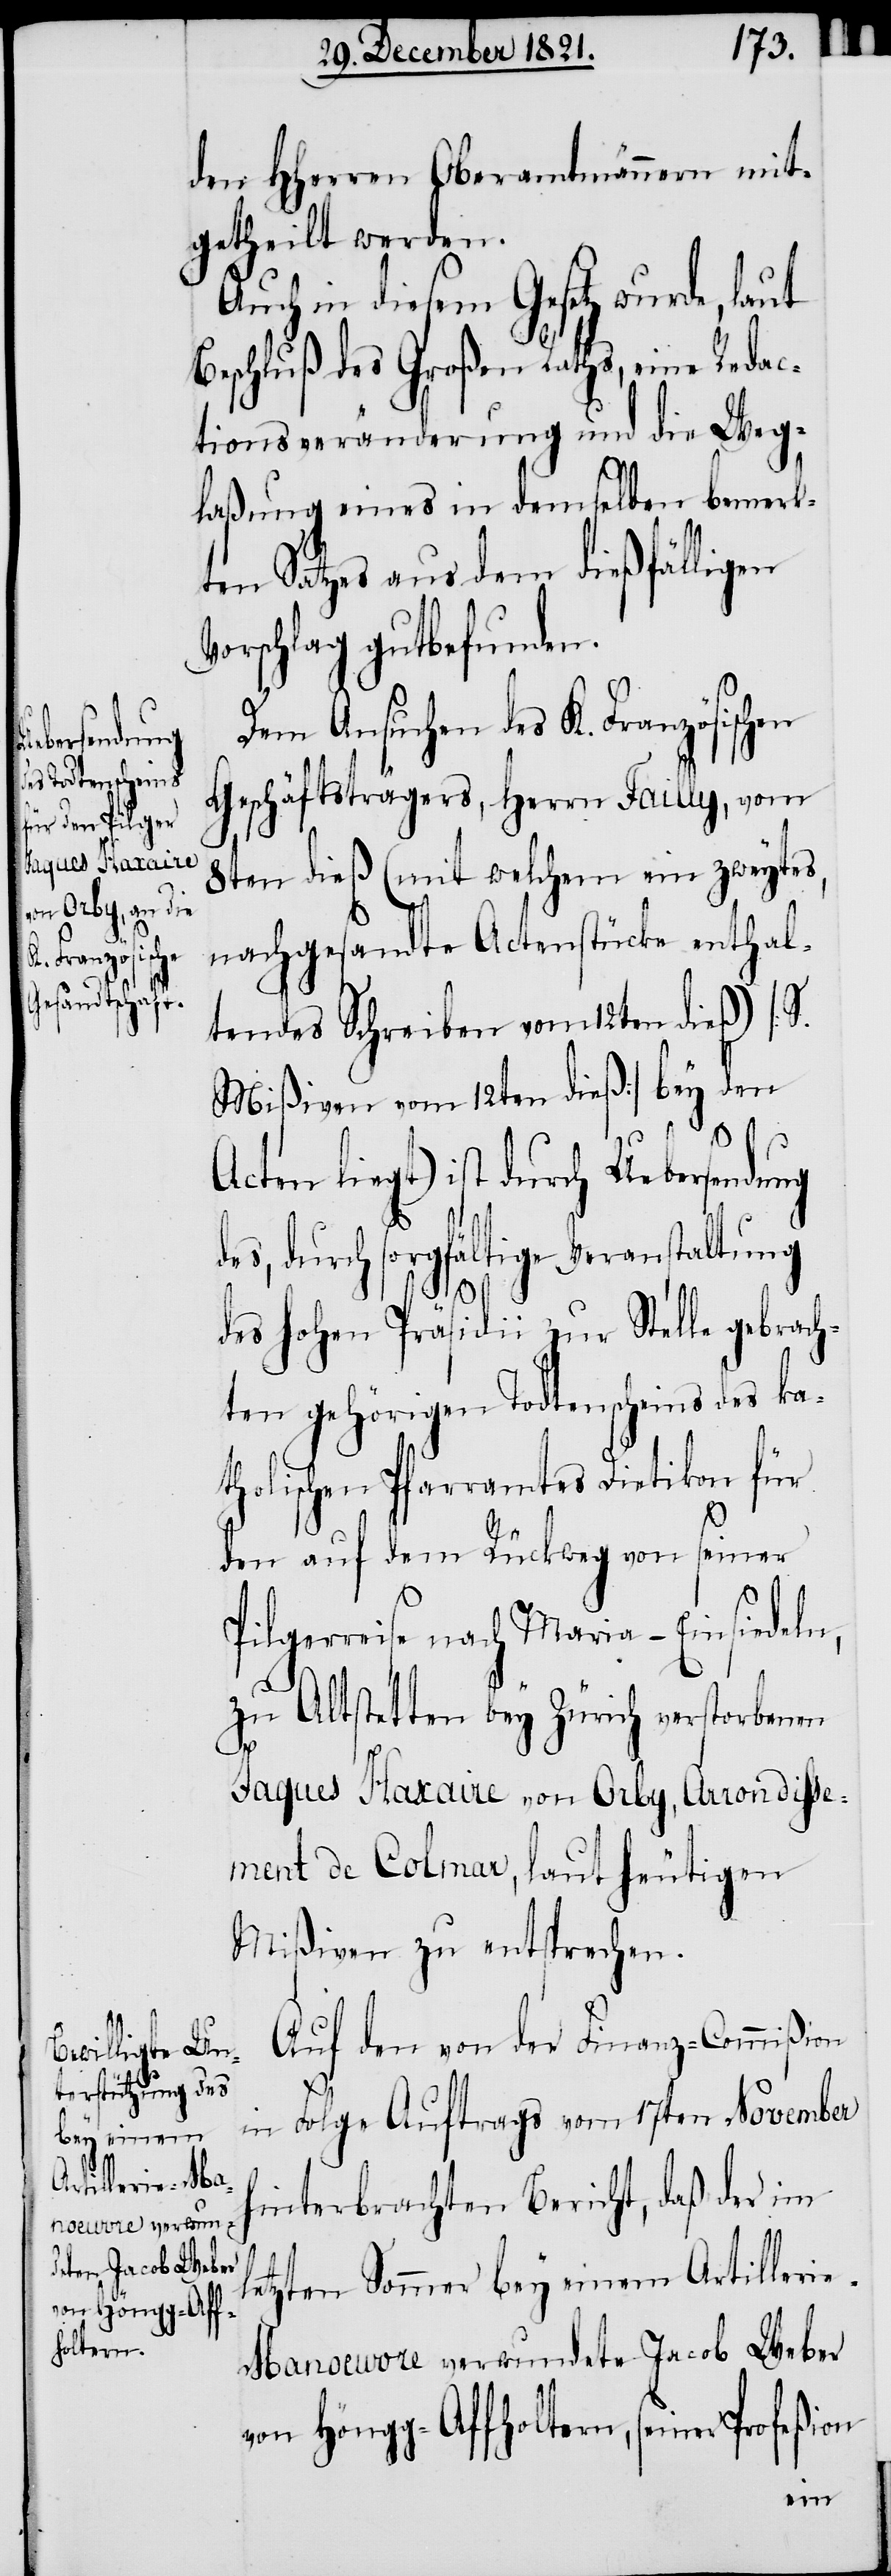
Uebersendung

den HHerren Oberamtmännern mit¬
getheilt werden.
Auch in diesem Gesetz wurde, laut
Beschluß des Großen Raths, eine Redac¬
tionsveränderung und die Weg¬
laßung eines in demselben bemerk¬
ten Satzes aus dem dießfälligen
Vorschlag gutbefunden.
Dem Ansuchen des K. Französischen
Geschäftsträgers, Herrn Failly, vom
8ten dieß (mit welchem ein zweytes,
nachgesandte Actenstücke enthal¬
tendes Schreiben vom 12ten dieß) [S.
Mißiven vom 12ten dieß] bey den
Acten liegt) [sic!] ist durch
des, durch sorgfältige Veranstaltung
des hohen Präsidii zur Stelle gebrach¬
ten gehörigen Todtenscheins des ka¬
tholischen Pfarramtes Dietikon für
den auf dem Rückweg von seiner
Pilgerreise nach Maria – Einsiedeln,
zu Altstetten bey Zürich verstorbenen
Jaques Haxaire von Orby, Arrondisse¬
ment de Colmar, laut heutigen
Mißiven zu entsprechen.
Auf den von der Finanz-Commißion
in Folge Auftrags vom 17ten November
hinterbrachten Bericht, daß der im
l¬
etzten Sommer bey einem Artillerie-M¬
anoeuvre verwundete Jacob Weber
von Höngg-Affholtern, seiner Profeßion